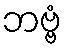
ဘဗ္ဗံ